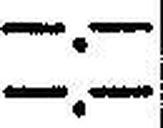
—.—